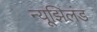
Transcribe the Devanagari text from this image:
न्यूझिलंड